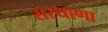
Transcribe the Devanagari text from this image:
सरथाणा